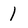
Character: 1